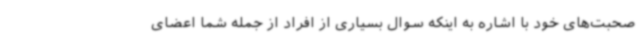
صحبت‌های خود با اشاره به اینکه سوال بسیاری از افراد از جمله شما اعضای